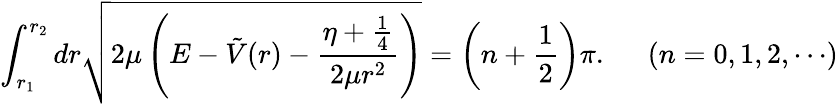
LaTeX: \int_{r_{1}}^{r_{2}}dr\sqrt{2\mu\left(E-\tilde{V}(r)-\frac{\eta+\frac{1}{4}}{2\mu r^{2}}\right)}=\left(n+\frac{1}{2}\right)\pi.\; \; \; \; \; (n=0,1,2,\cdots)